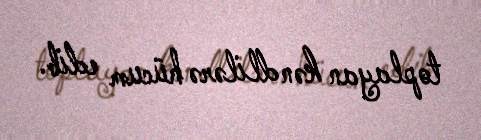
toplayan kəndlilərə hücum edib.